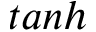
t a n h